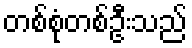
တစ်စုံတစ်ဦးသည်